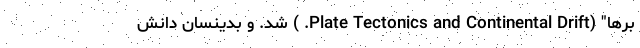
برها" (Plate Tectonics and Continental Drift. ) شد. و بدینسان دانش